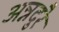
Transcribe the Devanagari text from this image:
अन्नदुरै